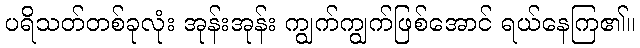
ပရိသတ်တစ်ခုလုံး အုန်းအုန်း ကျွက်ကျွက်ဖြစ်အောင် ရယ်နေကြ၏။